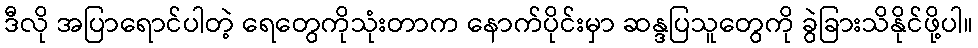
ဒီလို အပြာရောင်ပါတဲ့ ရေတွေကိုသုံးတာက နောက်ပိုင်းမှာ ဆန္ဒပြသူတွေကို ခွဲခြားသိနိုင်ဖို့ပါ။